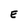
Character: E